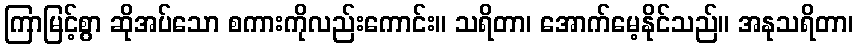
ကြာမြင့်စွာ ဆိုအပ်သော စကားကိုလည်းကောင်း။ သရိတာ၊ အောက်မေ့နိုင်သည်။ အနုသရိတာ၊